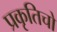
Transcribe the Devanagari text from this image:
प्रकृतिचो